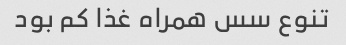
تنوع سس همراه غذا کم بود